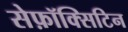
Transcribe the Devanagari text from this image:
सेफ़ॉक्सिटिन